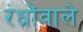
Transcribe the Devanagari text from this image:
रंध्रोंवाले